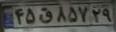
۴۵ق۸۵۷۲۹